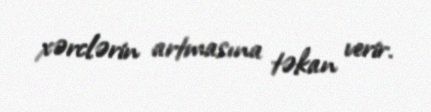
xərclərin artmasına təkan verir.